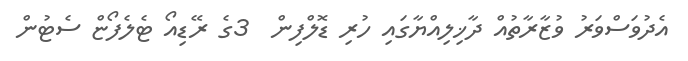
އެދުވަސްވަރު ވުޒާރާތުއް ދާޚިލިއްޔާގައި ހުރި ޑޮލްފިން  3ގެ ރޭޑިއޯ ޓެލެފޯޏް ސެޓުން